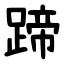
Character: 蹄